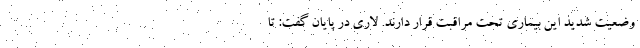
وضعیت شدید این بیماری تحت مراقبت قرار دارند. لاری در پایان گفت: تا